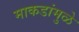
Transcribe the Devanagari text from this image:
माकडांमुळे